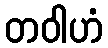
တဝါဟံ